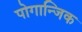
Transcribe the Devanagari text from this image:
पोगान्जिक